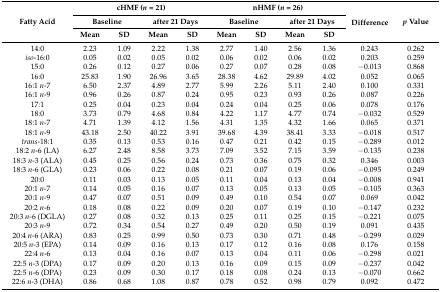
<table><thead><tr><td rowspan="3"><b>Fatty Acid</b></td><td colspan="4"><b>cHMF (<i>n</i> = 21)</b></td><td colspan="4"><b>nHMF (<i>n</i> = 26)</b></td><td rowspan="3"><b>Difference</b></td><td rowspan="3"><b><i>p</i> Value</b></td></tr><tr><td colspan="2"><b>Baseline</b></td><td colspan="2"><b>after 21 Days</b></td><td colspan="2"><b>Baseline</b></td><td colspan="2"><b>after 21 Days</b></td></tr><tr><td><b>Mean</b></td><td><b>SD</b></td><td><b>Mean</b></td><td><b>SD</b></td><td><b>Mean</b></td><td><b>SD</b></td><td><b>Mean</b></td><td><b>SD</b></td></tr></thead><tbody><tr><td>14:0</td><td>2.23</td><td>1.09</td><td>2.22</td><td>1.38</td><td>2.77</td><td>1.40</td><td>2.56</td><td>1.36</td><td>0.243</td><td>0.262</td></tr><tr><td><i>iso</i>-16:0</td><td>0.05</td><td>0.02</td><td>0.05</td><td>0.02</td><td>0.06</td><td>0.02</td><td>0.06</td><td>0.02</td><td>0.203</td><td>0.259</td></tr><tr><td>15:0</td><td>0.26</td><td>0.12</td><td>0.27</td><td>0.06</td><td>0.27</td><td>0.07</td><td>0.28</td><td>0.08</td><td>−0.013</td><td>0.868</td></tr><tr><td>16:0</td><td>25.83</td><td>1.90</td><td>26.96</td><td>3.65</td><td>28.38</td><td>4.62</td><td>29.89</td><td>4.02</td><td>0.052</td><td>0.065</td></tr><tr><td>16:1 <i>n</i>-7</td><td>6.50</td><td>2.37</td><td>4.89</td><td>2.77</td><td>5.99</td><td>2.26</td><td>5.11</td><td>2.40</td><td>0.100</td><td>0.331</td></tr><tr><td>16:1 <i>n</i>-9</td><td>0.96</td><td>0.26</td><td>0.87</td><td>0.24</td><td>0.95</td><td>0.23</td><td>0.93</td><td>0.26</td><td>0.087</td><td>0.226</td></tr><tr><td>17:1</td><td>0.25</td><td>0.04</td><td>0.23</td><td>0.04</td><td>0.24</td><td>0.04</td><td>0.25</td><td>0.06</td><td>0.078</td><td>0.176</td></tr><tr><td>18:0</td><td>3.73</td><td>0.79</td><td>4.68</td><td>0.84</td><td>4.22</td><td>1.17</td><td>4.77</td><td>0.74</td><td>−0.032</td><td>0.529</td></tr><tr><td>18:1 <i>n</i>-7</td><td>4.71</td><td>1.39</td><td>4.12</td><td>1.56</td><td>4.31</td><td>1.35</td><td>4.32</td><td>1.66</td><td>0.065</td><td>0.371</td></tr><tr><td>18:1 <i>n</i>-9</td><td>43.18</td><td>2.50</td><td>40.22</td><td>3.91</td><td>39.68</td><td>4.39</td><td>38.41</td><td>3.33</td><td>−0.018</td><td>0.517</td></tr><tr><td><i>trans</i>-18:1</td><td>0.35</td><td>0.13</td><td>0.53</td><td>0.16</td><td>0.47</td><td>0.21</td><td>0.42</td><td>0.15</td><td>−0.289</td><td>0.012</td></tr><tr><td>18:2 <i>n</i>-6 (LA)</td><td>6.27</td><td>2.48</td><td>8.58</td><td>3.73</td><td>7.09</td><td>3.52</td><td>7.15</td><td>3.59</td><td>−0.135</td><td>0.238</td></tr><tr><td>18:3 <i>n</i>-3 (ALA)</td><td>0.45</td><td>0.25</td><td>0.56</td><td>0.24</td><td>0.73</td><td>0.36</td><td>0.75</td><td>0.32</td><td>0.346</td><td>0.003</td></tr><tr><td>18:3 <i>n</i>-6 (GLA)</td><td>0.23</td><td>0.06</td><td>0.22</td><td>0.08</td><td>0.21</td><td>0.07</td><td>0.19</td><td>0.06</td><td>−0.095</td><td>0.249</td></tr><tr><td>20:0</td><td>0.11</td><td>0.03</td><td>0.13</td><td>0.05</td><td>0.11</td><td>0.04</td><td>0.13</td><td>0.04</td><td>−0.008</td><td>0.941</td></tr><tr><td>20:1 <i>n</i>-7</td><td>0.14</td><td>0.05</td><td>0.16</td><td>0.07</td><td>0.13</td><td>0.05</td><td>0.13</td><td>0.05</td><td>−0.105</td><td>0.363</td></tr><tr><td>20:1 <i>n</i>-9</td><td>0.47</td><td>0.07</td><td>0.51</td><td>0.09</td><td>0.49</td><td>0.10</td><td>0.54</td><td>0.07</td><td>0.069</td><td>0.042</td></tr><tr><td>20:2 <i>n</i>-6</td><td>0.18</td><td>0.08</td><td>0.22</td><td>0.09</td><td>0.20</td><td>0.07</td><td>0.19</td><td>0.10</td><td>−0.147</td><td>0.232</td></tr><tr><td>20:3 <i>n</i>-6 (DGLA)</td><td>0.27</td><td>0.08</td><td>0.32</td><td>0.13</td><td>0.25</td><td>0.11</td><td>0.25</td><td>0.15</td><td>−0.221</td><td>0.075</td></tr><tr><td>20:3 <i>n</i>-9</td><td>0.72</td><td>0.34</td><td>0.54</td><td>0.27</td><td>0.49</td><td>0.20</td><td>0.50</td><td>0.19</td><td>0.091</td><td>0.435</td></tr><tr><td>20:4 <i>n</i>-6 (ARA)</td><td>0.83</td><td>0.25</td><td>0.99</td><td>0.50</td><td>0.73</td><td>0.30</td><td>0.71</td><td>0.48</td><td>−0.299</td><td>0.029</td></tr><tr><td>20:5 <i>n</i>-3 (EPA)</td><td>0.14</td><td>0.09</td><td>0.16</td><td>0.13</td><td>0.17</td><td>0.12</td><td>0.16</td><td>0.08</td><td>0.176</td><td>0.158</td></tr><tr><td>22:4 <i>n</i>-6</td><td>0.13</td><td>0.04</td><td>0.16</td><td>0.07</td><td>0.13</td><td>0.04</td><td>0.11</td><td>0.06</td><td>−0.298</td><td>0.021</td></tr><tr><td>22:5 <i>n</i>-3 (DPA)</td><td>0.17</td><td>0.09</td><td>0.20</td><td>0.13</td><td>0.16</td><td>0.09</td><td>0.15</td><td>0.09</td><td>−0.237</td><td>0.042</td></tr><tr><td>22:5 <i>n</i>-6 (DPA)</td><td>0.23</td><td>0.09</td><td>0.30</td><td>0.17</td><td>0.18</td><td>0.08</td><td>0.24</td><td>0.13</td><td>−0.070</td><td>0.662</td></tr><tr><td>22:6 <i>n</i>-3 (DHA)</td><td>0.86</td><td>0.68</td><td>1.08</td><td>0.87</td><td>0.78</td><td>0.52</td><td>0.98</td><td>0.79</td><td>0.092</td><td>0.472</td></tr></tbody></table>